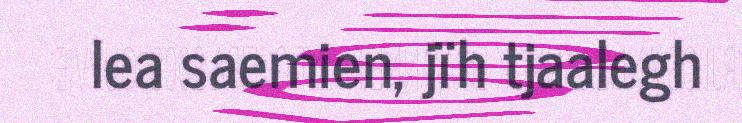
lea saemien, jïh tjaalegh